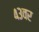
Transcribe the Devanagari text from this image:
४३वर